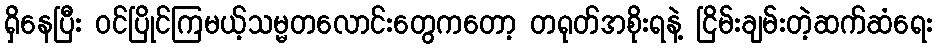
ရှိနေပြီး ဝင်ပြိုင်ကြမယ့်သမ္မတလောင်းတွေကတော့ တရုတ်အစိုးရနဲ့ ငြိမ်းချမ်းတဲ့ဆက်ဆံရေး